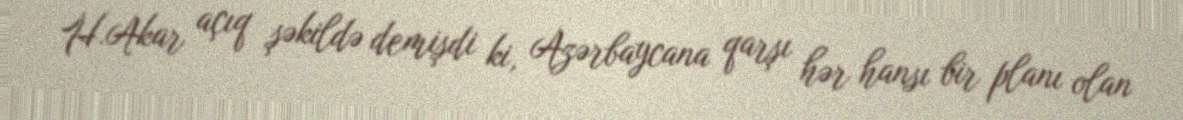
H.Akar açıq şəkildə demişdi ki, Azərbaycana qarşı hər hansı bir planı olan